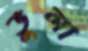
ভুলা